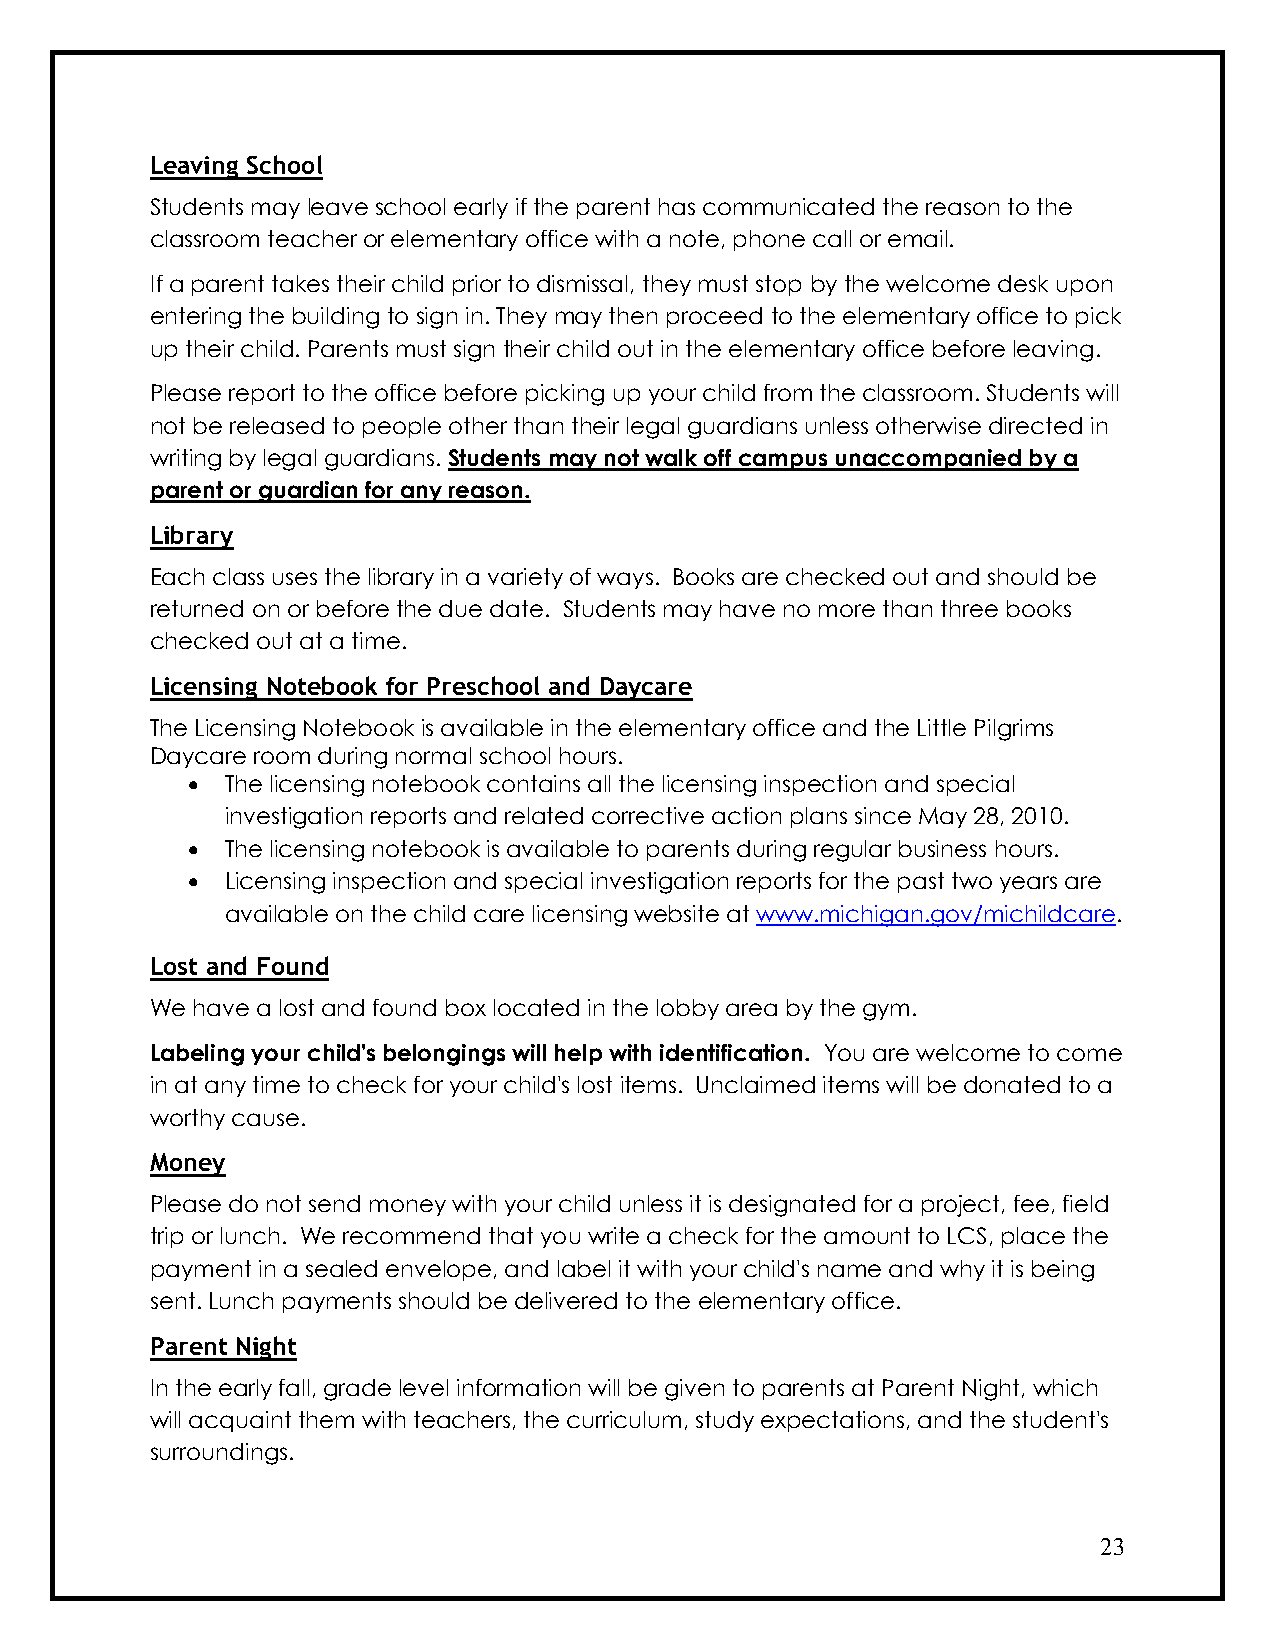
Leaving School
 Students may leave school early if the parent has communicated the reason to the
 classroom teacher or elementary office with a note, phone call or email.
 If a parent takes their child prior to dismissal, they must stop by the welcome desk upon
 entering the building to sign in. They may then proceed to the elementary office to pick
 up their child. Parents must sign their child out in the elementary office before leaving.
 Please report to the office before picking up your child from the classroom. Students will
 not be released to people other than their legal guardians unless otherwise directed in
 writing by legal guardians. Students may not walk off campus unaccompanied by a
 parent or guardian for any reason.
 Library
 Each class uses the library in a variety of ways. Books are checked out and should be
 returned on or before the due date. Students may have no more than three books
 checked out at a time.
 Licensing Notebook for Preschool and Daycare
 The Licensing Notebook is available in the elementary office and the Little Pilgrims
 Daycare room during normal school hours.
 •  The licensing notebook contains all the licensing inspection and special
 investigation reports and related corrective action plans since May 28, 2010.
 •  The licensing notebook is available to parents during regular business hours.
 •  Licensing inspection and special investigation reports for the past two years are
 available on the child care licensing website at www.michigan.gov/michildcare.
 Lost and Found
 We have a lost and found box located in the lobby area by the gym.
 Labeling your child's belongings will help with identification. You are welcome to come
 in at any time to check for your child's lost items. Unclaimed items will be donated to a
 worthy cause.
 Money
 Please do not send money with your child unless it is designated for a project, fee, field
 trip or lunch. We recommend that you write a check for the amount to LCS, place the
 payment in a sealed envelope, and label it with your child's name and why it is being
 sent. Lunch payments should be delivered to the elementary office.
 Parent Night
 In the early fall, grade level information will be given to parents at Parent Night, which
 will acquaint them with teachers, the curriculum, study expectations, and the student's
 surroundings.
 23